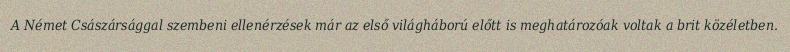
A Német Császársággal szembeni ellenérzések már az első világháború előtt is meghatározóak voltak a brit közéletben.